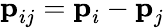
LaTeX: \textbf{p}_{ij}=\textbf{p}_{i}-\textbf{p}_{j}